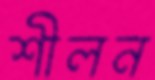
শীলন